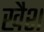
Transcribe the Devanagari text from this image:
खैश